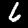
Digit: 6